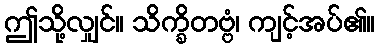
ဤသို့လျှင်။ သိက္ခိတဗ္ဗံ၊ ကျင့်အပ်၏။